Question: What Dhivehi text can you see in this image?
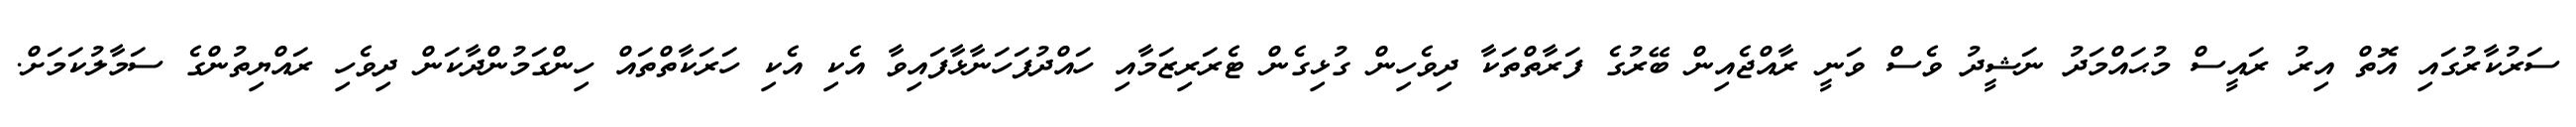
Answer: ސަރުކާރުގައި އޮތް އިރު ރައީސް މުޙައްމަދު ނަޝީދު ވެސް ވަނީ ރާއްޖެއިން ބޭރުގެ ފަރާތްތަކާ ދިވެހިން ގުޅިގެން ޓެރަރިޒަމާއި ހައްދުފަހަނާޅާފައިވާ އެކި އެކި ހަރަކާތްތައް ހިންގަމުންދާކަން ދިވެހި ރައްޔިތުންގެ ސަމާލުކަމަށް.